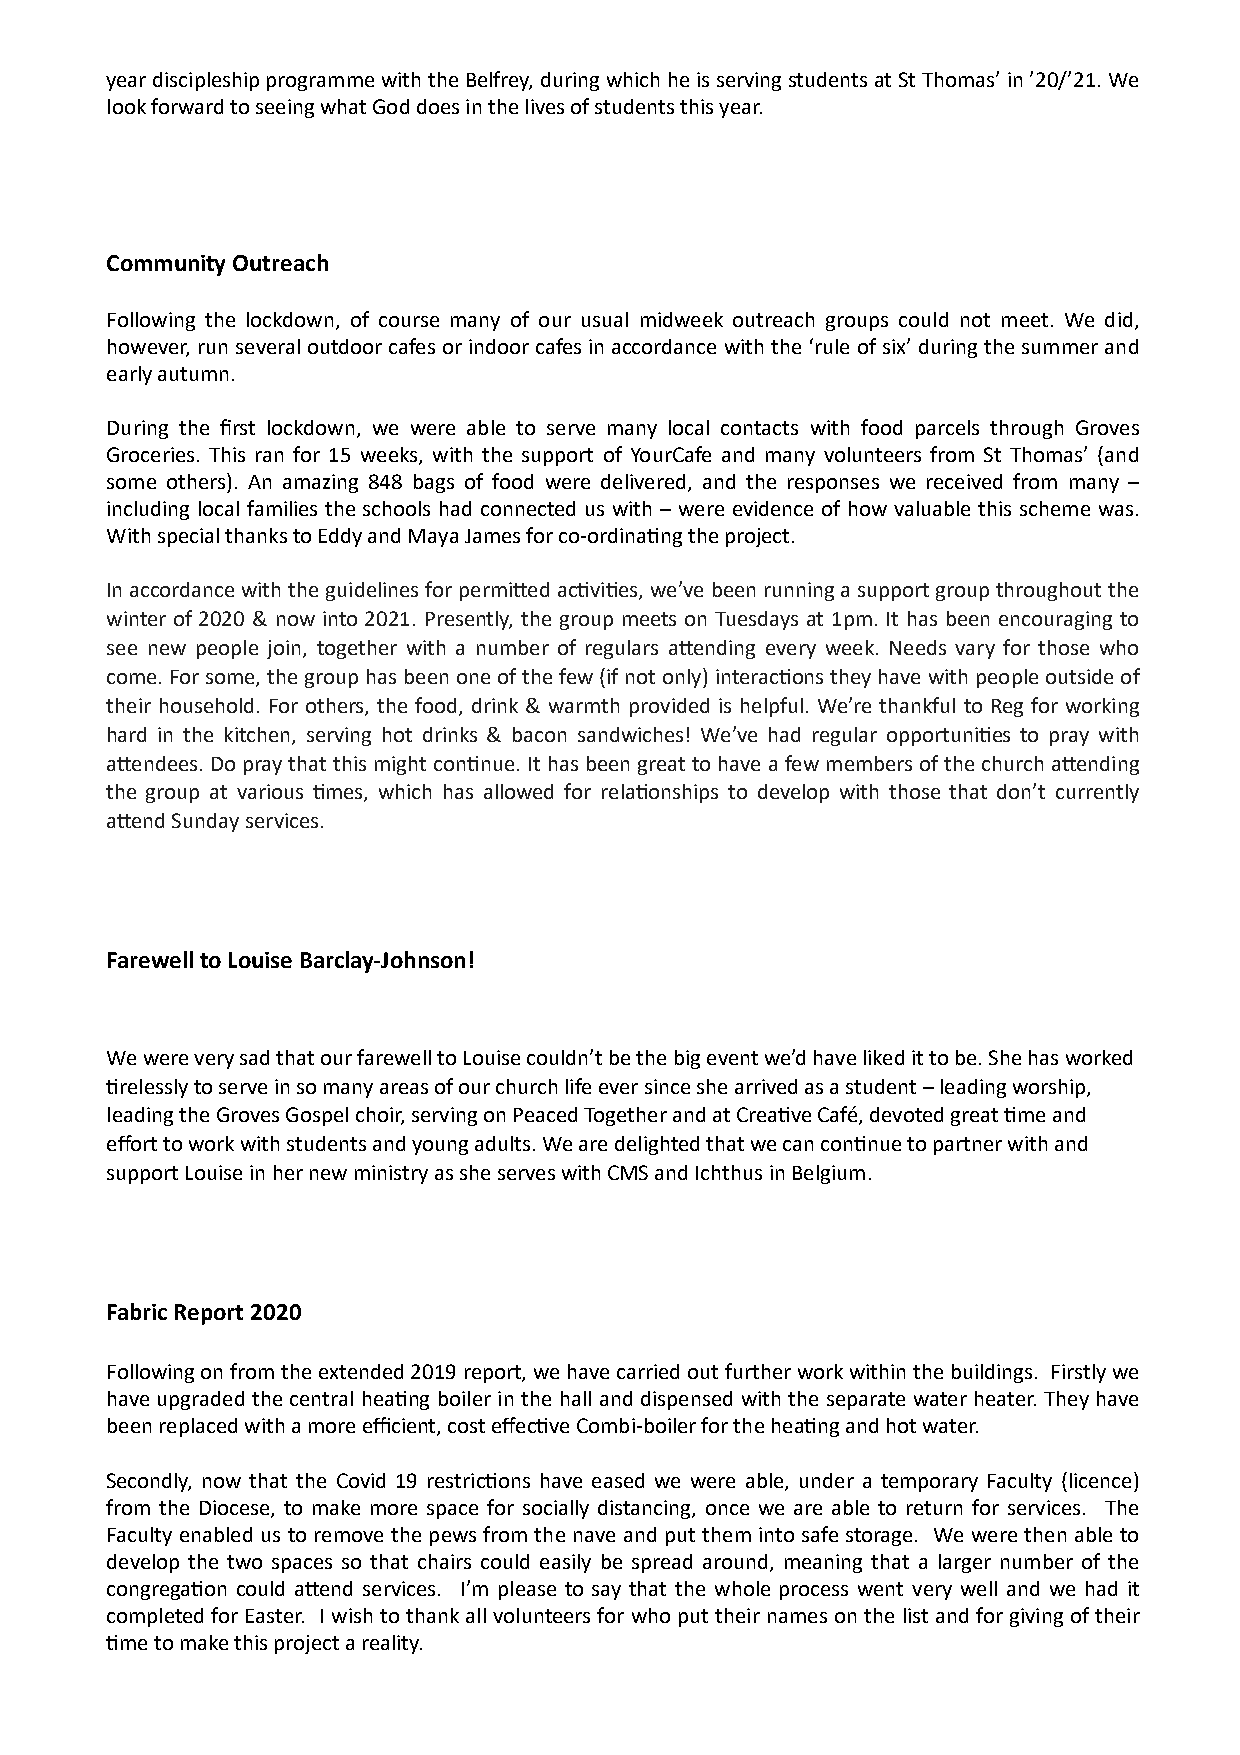
year discipleship programme with the Belfrey, during which he is serving students at St Thomas’ in ’20/’21. We
 look forward to seeing what God does in the lives of students this year.
 Community Outreach
 Following the lockdown, of course many of our usual midweek outreach groups could not meet. We did,
 however, run several outdoor cafes or indoor cafes in accordance with the ‘rule of six’ during the summer and
 early autumn.
 During the first lockdown, we were able to serve many local contacts with food parcels through Groves
 Groceries. This ran for 15 weeks, with the support of YourCafe and many volunteers from St Thomas’ (and
 some others). An amazing 848 bags of food were delivered, and the responses we received from many –
 including local families the schools had connected us with – were evidence of how valuable this scheme was.
 With special thanks to Eddy and Maya James for co-ordinaYng the project.
 In accordance with the guidelines for permi]ed acYviYes, we’ve been running a support group throughout the
 winter of 2020 & now into 2021. Presently, the group meets on Tuesdays at 1pm. It has been encouraging to
 see new people join, together with a number of regulars a]ending every week. Needs vary for those who
 come. For some, the group has been one of the few (if not only) interacYons they have with people outside of
 their household. For others, the food, drink & warmth provided is helpful. We’re thankful to Reg for working
 hard in the kitchen, serving hot drinks & bacon sandwiches! We’ve had regular opportuniYes to pray with
 a]endees. Do pray that this might conYnue. It has been great to have a few members of the church a]ending
 the group at various Ymes, which has allowed for relaYonships to develop with those that don’t currently
 a]end Sunday services.
 Farewell to Louise Barclay-Johnson!
 We were very sad that our farewell to Louise couldn’t be the big event we’d have liked it to be. She has worked
 Yrelessly to serve in so many areas of our church life ever since she arrived as a student – leading worship,
 leading the Groves Gospel choir, serving on Peaced Together and at CreaYve Café, devoted great Yme and
 effort to work with students and young adults. We are delighted that we can conYnue to partner with and
 support Louise in her new ministry as she serves with CMS and Ichthus in Belgium.
 Fabric Report 2020
 Following on from the extended 2019 report, we have carried out further work within the buildings. Firstly we
 have upgraded the central heaYng boiler in the hall and dispensed with the separate water heater. They have
 been replaced with a more efficient, cost effecYve Combi-boiler for the heaYng and hot water.
 Secondly, now that the Covid 19 restricYons have eased we were able, under a temporary Faculty (licence)
 from the Diocese, to make more space for socially distancing, once we are able to return for services. The
 Faculty enabled us to remove the pews from the nave and put them into safe storage. We were then able to
 develop the two spaces so that chairs could easily be spread around, meaning that a larger number of the
 congregaYon could a]end services. I’m please to say that the whole process went very well and we had it
 completed for Easter. I wish to thank all volunteers for who put their names on the list and for giving of their
 Yme to make this project a reality.